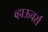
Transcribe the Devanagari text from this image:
व्हाऊचर्स